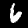
Digit: 6